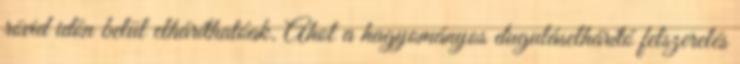
rövid időn belül elháríthatóak. Ahol a hagyományos duguláselhárító felszerelés